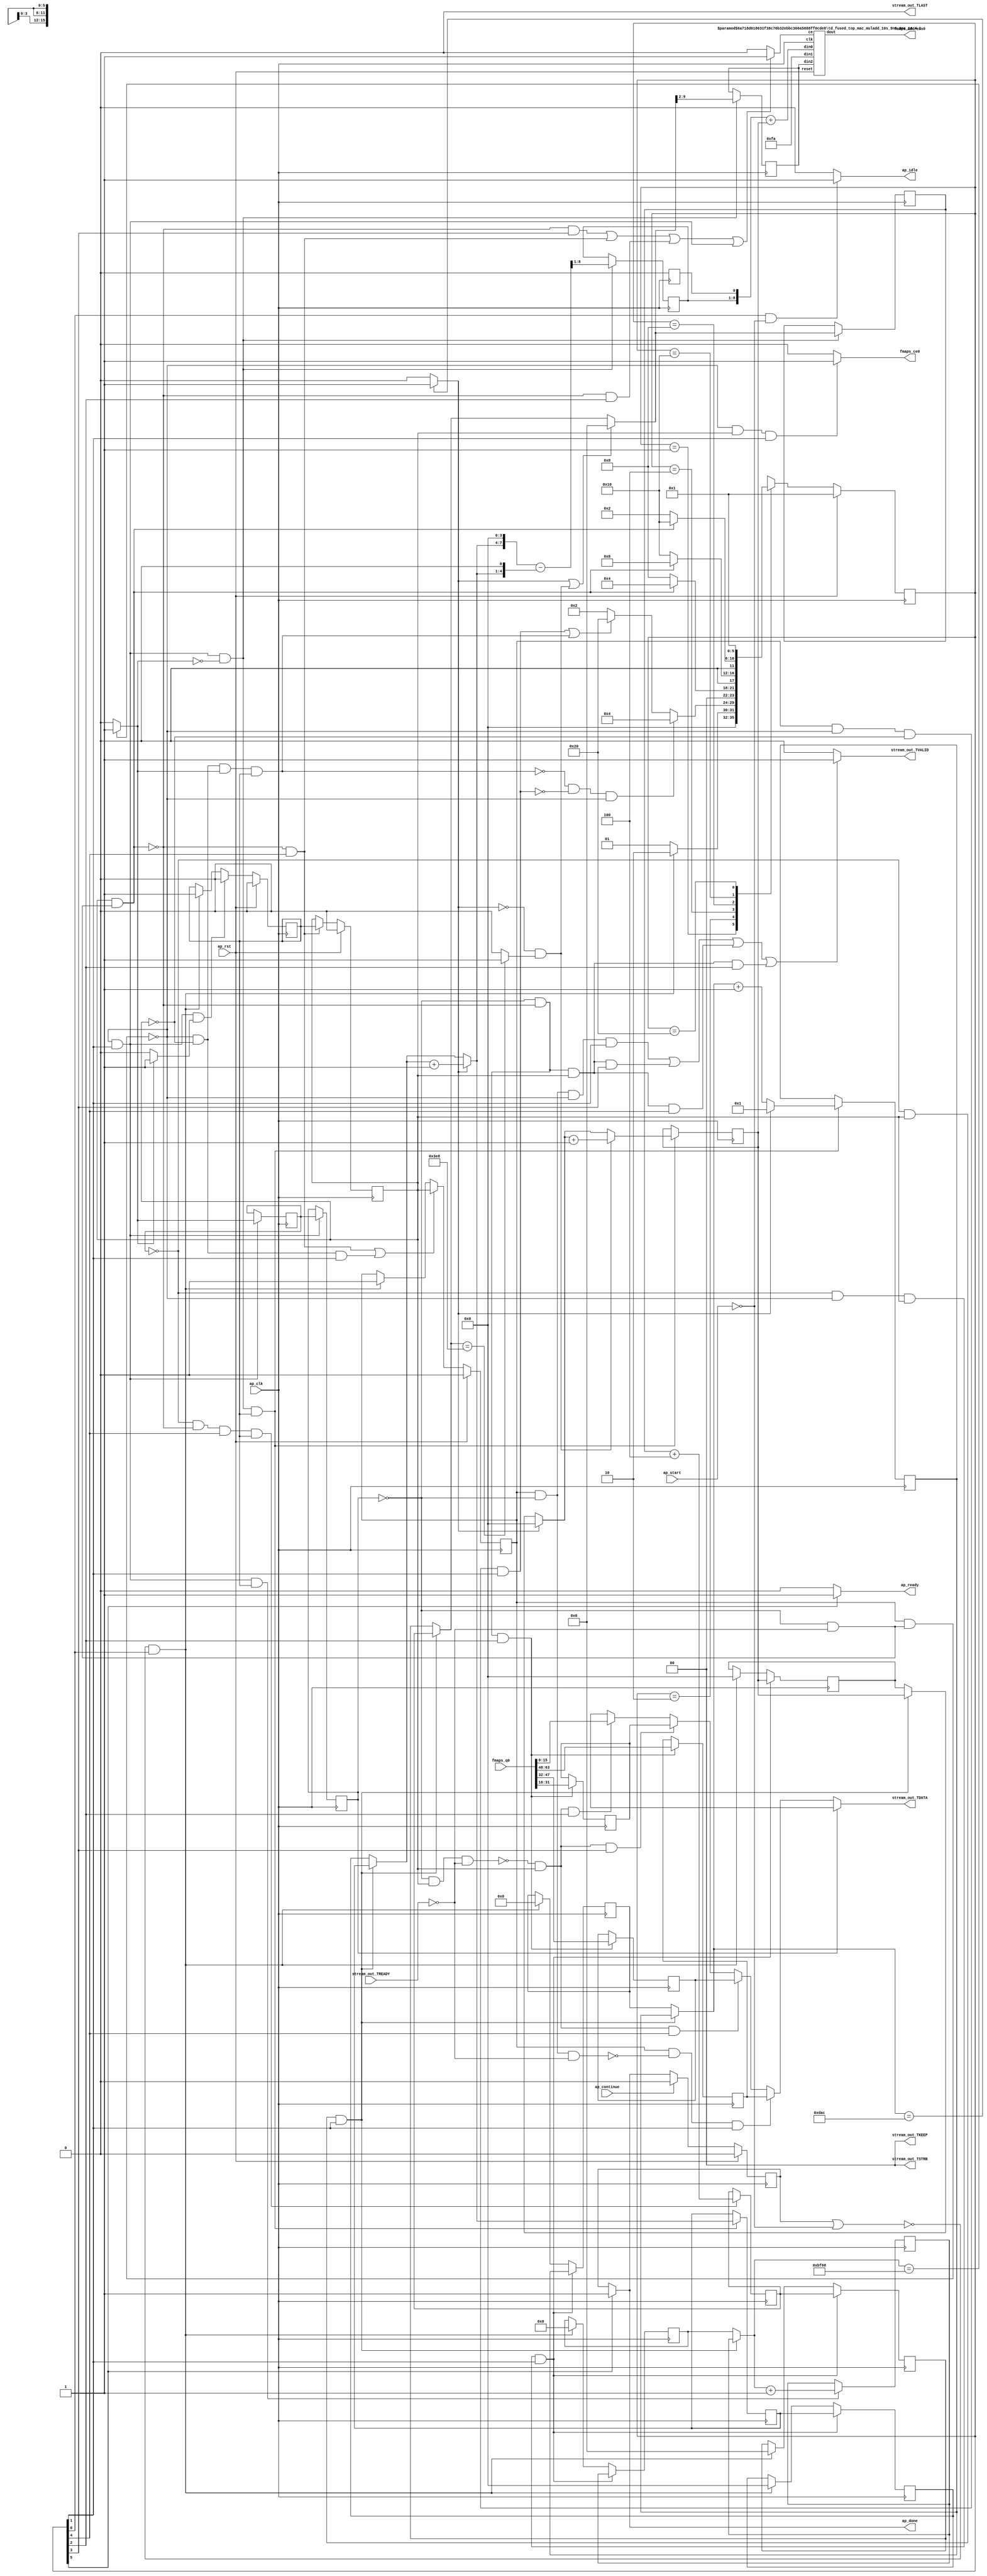
`define EXPONENT 5
`define MANTISSA 10
`define ACTUAL_MANTISSA 11
`define EXPONENT_LSB 10
`define EXPONENT_MSB 14
`define MANTISSA_LSB 0
`define MANTISSA_MSB 9
`define MANTISSA_MUL_SPLIT_LSB 3
`define MANTISSA_MUL_SPLIT_MSB 9
`define SIGN 1
`define SIGN_LOC 15
`define DWIDTH (`SIGN+`EXPONENT+`MANTISSA)
`define IEEE_COMPLIANCE 1

module td_fused_top_td_fused_axi_out (
        ap_clk,
        ap_rst,
        ap_start,
        ap_done,
        ap_continue,
        ap_idle,
        ap_ready,
        fmaps_address0,
        fmaps_ce0,
        fmaps_q0,
        stream_out_TDATA,
        stream_out_TVALID,
        stream_out_TREADY,
        stream_out_TKEEP,
        stream_out_TSTRB,
        stream_out_TLAST
);

parameter    ap_ST_fsm_state1 = 6'd1;
parameter    ap_ST_fsm_pp0_stage0 = 6'd2;
parameter    ap_ST_fsm_pp0_stage1 = 6'd4;
parameter    ap_ST_fsm_pp0_stage2 = 6'd8;
parameter    ap_ST_fsm_pp0_stage3 = 6'd16;
parameter    ap_ST_fsm_state11 = 6'd32;

input   ap_clk;
input   ap_rst;
input   ap_start;
output   ap_done;
input   ap_continue;
output   ap_idle;
output   ap_ready;
output  [15:0] fmaps_address0;
output   fmaps_ce0;
input  [63:0] fmaps_q0;
output  [15:0] stream_out_TDATA;
output   stream_out_TVALID;
input   stream_out_TREADY;
output  [1:0] stream_out_TKEEP;
output  [1:0] stream_out_TSTRB;
output  [0:0] stream_out_TLAST;

reg ap_done;
reg ap_idle;
reg ap_ready;
reg fmaps_ce0;
reg[15:0] stream_out_TDATA;
reg stream_out_TVALID;

reg    ap_done_reg;
  reg   [5:0] ap_CS_fsm;
wire    ap_CS_fsm_state1;
reg    stream_out_TDATA_blk_n;
wire    ap_CS_fsm_pp0_stage1;
reg    ap_enable_reg_pp0_iter1;
wire    ap_block_pp0_stage1;
reg   [0:0] icmp_ln17_reg_406;
reg   [0:0] icmp_ln17_reg_406_pp0_iter1_reg;
wire    ap_CS_fsm_pp0_stage2;
wire    ap_block_pp0_stage2;
wire    ap_CS_fsm_pp0_stage3;
wire    ap_block_pp0_stage3;
wire    ap_CS_fsm_pp0_stage0;
reg    ap_enable_reg_pp0_iter2;
wire    ap_block_pp0_stage0;
reg   [15:0] indvar_flatten13_reg_134;
reg   [3:0] r_reg_145;
reg   [11:0] indvar_flatten_reg_156;
reg   [3:0] c_reg_167;
reg   [9:0] phi_ln25_reg_178;
wire   [15:0] add_ln17_1_fu_189_p2;
reg   [15:0] add_ln17_1_reg_401;
reg    ap_enable_reg_pp0_iter0;
wire    ap_block_state2_pp0_stage0_iter0;
wire    ap_block_state6_pp0_stage0_iter1;
reg    ap_block_state10_pp0_stage0_iter2;
reg    ap_block_state10_io;
reg    ap_block_pp0_stage0_11001;
wire   [0:0] icmp_ln17_fu_195_p2;
wire   [3:0] select_ln17_1_fu_221_p3;
reg   [3:0] select_ln17_1_reg_410;
wire   [8:0] sub_ln25_fu_253_p2;
reg   [8:0] sub_ln25_reg_415;
wire   [9:0] select_ln18_fu_289_p3;
reg   [9:0] select_ln18_reg_420;
wire   [3:0] select_ln18_1_fu_297_p3;
reg   [3:0] select_ln18_1_reg_425;
reg   [7:0] lshr_ln_reg_431;
wire   [11:0] select_ln18_2_fu_321_p3;
reg   [11:0] select_ln18_2_reg_436;
wire    ap_block_state3_pp0_stage1_iter0;
reg    ap_block_state7_pp0_stage1_iter1;
reg    ap_block_state7_io;
reg    ap_block_pp0_stage1_11001;
wire    ap_block_state5_pp0_stage3_iter0;
reg    ap_block_state9_pp0_stage3_iter1;
reg    ap_block_state9_io;
reg    ap_block_pp0_stage3_11001;
wire   [9:0] add_ln19_fu_348_p2;
reg   [9:0] add_ln19_reg_451;
reg   [15:0] tmp_s_reg_461;
reg   [15:0] tmp_1_reg_466;
reg   [15:0] tmp_2_reg_471;
reg    ap_block_state1;
reg    ap_block_pp0_stage0_subdone;
reg    ap_condition_pp0_exit_iter0_state2;
reg    ap_block_pp0_stage3_subdone;
reg   [15:0] ap_phi_mux_indvar_flatten13_phi_fu_138_p4;
reg   [3:0] ap_phi_mux_r_phi_fu_149_p4;
reg   [11:0] ap_phi_mux_indvar_flatten_phi_fu_160_p4;
reg   [3:0] ap_phi_mux_c_phi_fu_171_p4;
reg   [9:0] ap_phi_mux_phi_ln25_phi_fu_182_p4;
wire   [63:0] zext_ln25_4_fu_353_p1;
wire   [15:0] trunc_ln25_fu_357_p1;
reg    ap_block_pp0_stage1_01001;
wire    ap_block_state4_pp0_stage2_iter0;
reg    ap_block_state8_pp0_stage2_iter1;
reg    ap_block_pp0_stage2_01001;
reg    ap_block_pp0_stage3_01001;
reg    ap_block_pp0_stage0_01001;
reg    ap_block_state8_io;
reg    ap_block_pp0_stage2_11001;
wire   [0:0] icmp_ln18_fu_207_p2;
wire   [3:0] add_ln17_fu_201_p2;
wire   [7:0] tmp_74_fu_229_p3;
wire   [4:0] tmp_75_fu_241_p3;
wire   [8:0] zext_ln25_fu_237_p1;
wire   [8:0] zext_ln25_1_fu_249_p1;
wire   [0:0] icmp_ln19_fu_265_p2;
wire   [0:0] xor_ln17_fu_259_p2;
wire   [3:0] select_ln17_fu_213_p3;
wire   [0:0] and_ln17_fu_271_p2;
wire   [0:0] or_ln18_fu_283_p2;
wire   [3:0] add_ln18_fu_277_p2;
wire   [11:0] add_ln18_1_fu_315_p2;
wire   [9:0] sext_ln18_fu_329_p1;
wire   [9:0] zext_ln25_2_fu_332_p1;
wire   [9:0] add_ln25_fu_335_p2;
wire   [15:0] grp_fu_392_p3;
wire   [8:0] grp_fu_392_p1;
wire   [7:0] grp_fu_392_p2;
reg    grp_fu_392_ce;
wire    ap_CS_fsm_state11;
reg   [5:0] ap_NS_fsm;
reg    ap_block_pp0_stage1_subdone;
reg    ap_block_pp0_stage2_subdone;
reg    ap_idle_pp0;
wire    ap_enable_pp0;
wire   [15:0] grp_fu_392_p20;
reg    ap_condition_229;
reg    ap_condition_236;
reg    ap_condition_241;
reg    ap_condition_247;
wire    ap_ce_reg;

// power-on initialization
initial begin
#0 ap_done_reg = 1'b0;
#0 ap_CS_fsm = 6'd1;
#0 ap_enable_reg_pp0_iter1 = 1'b0;
#0 ap_enable_reg_pp0_iter2 = 1'b0;
#0 ap_enable_reg_pp0_iter0 = 1'b0;
end

td_fused_top_mac_muladd_10s_9ns_8ns_16_4_1 #(
    .ID( 1 ),
    .NUM_STAGE( 4 ),
    .din0_WIDTH( 10 ),
    .din1_WIDTH( 9 ),
    .din2_WIDTH( 8 ),
    .dout_WIDTH( 16 ))
mac_muladd_10s_9ns_8ns_16_4_1_U1959(
    .clk(ap_clk),
    .reset(ap_rst),
    .ce(grp_fu_392_ce),
    .din0(add_ln25_fu_335_p2),
    .din1(grp_fu_392_p1),
    .din2(grp_fu_392_p2),
    .dout(grp_fu_392_p3)
);

always @ (posedge ap_clk) begin
    if (ap_rst == 1'b1) begin
        ap_CS_fsm <= ap_ST_fsm_state1;
    end else begin
        ap_CS_fsm <= ap_NS_fsm;
    end
end

always @ (posedge ap_clk) begin
    if (ap_rst == 1'b1) begin
        ap_done_reg <= 1'b0;
    end else begin
        if ((ap_continue == 1'b1)) begin
            ap_done_reg <= 1'b0;
        end else if ((1'b1 == ap_CS_fsm_state11)) begin
            ap_done_reg <= 1'b1;
        end
    end
end

always @ (posedge ap_clk) begin
    if (ap_rst == 1'b1) begin
        ap_enable_reg_pp0_iter0 <= 1'b0;
    end else begin
        if (((1'b0 == ap_block_pp0_stage0_subdone) & (1'b1 == ap_CS_fsm_pp0_stage0) & (1'b1 == ap_condition_pp0_exit_iter0_state2))) begin
            ap_enable_reg_pp0_iter0 <= 1'b0;
        end else if ((~((ap_done_reg == 1'b1) | (ap_start == 1'b0)) & (1'b1 == ap_CS_fsm_state1))) begin
            ap_enable_reg_pp0_iter0 <= 1'b1;
        end
    end
end

always @ (posedge ap_clk) begin
    if (ap_rst == 1'b1) begin
        ap_enable_reg_pp0_iter1 <= 1'b0;
    end else begin
        if (((1'b0 == ap_block_pp0_stage3_subdone) & (1'b1 == ap_CS_fsm_pp0_stage3))) begin
            ap_enable_reg_pp0_iter1 <= ap_enable_reg_pp0_iter0;
        end
    end
end

always @ (posedge ap_clk) begin
    if (ap_rst == 1'b1) begin
        ap_enable_reg_pp0_iter2 <= 1'b0;
    end else begin
        if ((((1'b0 == ap_block_pp0_stage3_subdone) & (1'b1 == ap_CS_fsm_pp0_stage3)) | ((1'b0 == ap_block_pp0_stage0_subdone) & (ap_enable_reg_pp0_iter1 == 1'b0) & (1'b1 == ap_CS_fsm_pp0_stage0)))) begin
            ap_enable_reg_pp0_iter2 <= ap_enable_reg_pp0_iter1;
        end else if ((~((ap_done_reg == 1'b1) | (ap_start == 1'b0)) & (1'b1 == ap_CS_fsm_state1))) begin
            ap_enable_reg_pp0_iter2 <= 1'b0;
        end
    end
end

always @ (posedge ap_clk) begin
    if (((icmp_ln17_reg_406 == 1'd0) & (1'b0 == ap_block_pp0_stage0_11001) & (ap_enable_reg_pp0_iter1 == 1'b1) & (1'b1 == ap_CS_fsm_pp0_stage0))) begin
        c_reg_167 <= select_ln18_1_reg_425;
    end else if ((~((ap_done_reg == 1'b1) | (ap_start == 1'b0)) & (1'b1 == ap_CS_fsm_state1))) begin
        c_reg_167 <= 4'd0;
    end
end

always @ (posedge ap_clk) begin
    if (((icmp_ln17_reg_406 == 1'd0) & (1'b0 == ap_block_pp0_stage0_11001) & (ap_enable_reg_pp0_iter1 == 1'b1) & (1'b1 == ap_CS_fsm_pp0_stage0))) begin
        indvar_flatten13_reg_134 <= add_ln17_1_reg_401;
    end else if ((~((ap_done_reg == 1'b1) | (ap_start == 1'b0)) & (1'b1 == ap_CS_fsm_state1))) begin
        indvar_flatten13_reg_134 <= 16'd0;
    end
end

always @ (posedge ap_clk) begin
    if (((icmp_ln17_reg_406 == 1'd0) & (1'b0 == ap_block_pp0_stage0_11001) & (ap_enable_reg_pp0_iter1 == 1'b1) & (1'b1 == ap_CS_fsm_pp0_stage0))) begin
        indvar_flatten_reg_156 <= select_ln18_2_reg_436;
    end else if ((~((ap_done_reg == 1'b1) | (ap_start == 1'b0)) & (1'b1 == ap_CS_fsm_state1))) begin
        indvar_flatten_reg_156 <= 12'd0;
    end
end

always @ (posedge ap_clk) begin
    if (((icmp_ln17_reg_406 == 1'd0) & (1'b0 == ap_block_pp0_stage0_11001) & (ap_enable_reg_pp0_iter1 == 1'b1) & (1'b1 == ap_CS_fsm_pp0_stage0))) begin
        phi_ln25_reg_178 <= add_ln19_reg_451;
    end else if ((~((ap_done_reg == 1'b1) | (ap_start == 1'b0)) & (1'b1 == ap_CS_fsm_state1))) begin
        phi_ln25_reg_178 <= 10'd0;
    end
end

always @ (posedge ap_clk) begin
    if (((icmp_ln17_reg_406 == 1'd0) & (1'b0 == ap_block_pp0_stage0_11001) & (ap_enable_reg_pp0_iter1 == 1'b1) & (1'b1 == ap_CS_fsm_pp0_stage0))) begin
        r_reg_145 <= select_ln17_1_reg_410;
    end else if ((~((ap_done_reg == 1'b1) | (ap_start == 1'b0)) & (1'b1 == ap_CS_fsm_state1))) begin
        r_reg_145 <= 4'd0;
    end
end

always @ (posedge ap_clk) begin
    if (((1'b0 == ap_block_pp0_stage0_11001) & (1'b1 == ap_CS_fsm_pp0_stage0) & (ap_enable_reg_pp0_iter0 == 1'b1))) begin
        add_ln17_1_reg_401 <= add_ln17_1_fu_189_p2;
    end
end

always @ (posedge ap_clk) begin
    if (((icmp_ln17_reg_406 == 1'd0) & (1'b0 == ap_block_pp0_stage3_11001) & (1'b1 == ap_CS_fsm_pp0_stage3) & (ap_enable_reg_pp0_iter0 == 1'b1))) begin
        add_ln19_reg_451 <= add_ln19_fu_348_p2;
    end
end

always @ (posedge ap_clk) begin
    if (((1'b0 == ap_block_pp0_stage0_11001) & (1'b1 == ap_CS_fsm_pp0_stage0))) begin
        icmp_ln17_reg_406 <= icmp_ln17_fu_195_p2;
        icmp_ln17_reg_406_pp0_iter1_reg <= icmp_ln17_reg_406;
    end
end

always @ (posedge ap_clk) begin
    if (((1'b0 == ap_block_pp0_stage0_11001) & (1'b1 == ap_CS_fsm_pp0_stage0) & (icmp_ln17_fu_195_p2 == 1'd0))) begin
        lshr_ln_reg_431 <= {{select_ln18_fu_289_p3[9:2]}};
        select_ln18_reg_420 <= select_ln18_fu_289_p3;
        sub_ln25_reg_415[8 : 1] <= sub_ln25_fu_253_p2[8 : 1];
    end
end

always @ (posedge ap_clk) begin
    if (((1'b0 == ap_block_pp0_stage0_11001) & (1'b1 == ap_CS_fsm_pp0_stage0) & (icmp_ln17_fu_195_p2 == 1'd0) & (ap_enable_reg_pp0_iter0 == 1'b1))) begin
        select_ln17_1_reg_410 <= select_ln17_1_fu_221_p3;
        select_ln18_1_reg_425 <= select_ln18_1_fu_297_p3;
        select_ln18_2_reg_436 <= select_ln18_2_fu_321_p3;
    end
end

always @ (posedge ap_clk) begin
    if (((icmp_ln17_reg_406_pp0_iter1_reg == 1'd0) & (1'b0 == ap_block_pp0_stage1_11001) & (1'b1 == ap_CS_fsm_pp0_stage1))) begin
        tmp_1_reg_466 <= {{fmaps_q0[47:32]}};
        tmp_2_reg_471 <= {{fmaps_q0[63:48]}};
        tmp_s_reg_461 <= {{fmaps_q0[31:16]}};
    end
end

always @ (*) begin
    if ((icmp_ln17_fu_195_p2 == 1'd1)) begin
        ap_condition_pp0_exit_iter0_state2 = 1'b1;
    end else begin
        ap_condition_pp0_exit_iter0_state2 = 1'b0;
    end
end

always @ (*) begin
    if ((1'b1 == ap_CS_fsm_state11)) begin
        ap_done = 1'b1;
    end else begin
        ap_done = ap_done_reg;
    end
end

always @ (*) begin
    if (((1'b1 == ap_CS_fsm_state1) & (ap_start == 1'b0))) begin
        ap_idle = 1'b1;
    end else begin
        ap_idle = 1'b0;
    end
end

always @ (*) begin
    if (((ap_enable_reg_pp0_iter2 == 1'b0) & (ap_enable_reg_pp0_iter1 == 1'b0) & (ap_enable_reg_pp0_iter0 == 1'b0))) begin
        ap_idle_pp0 = 1'b1;
    end else begin
        ap_idle_pp0 = 1'b0;
    end
end

always @ (*) begin
    if (((icmp_ln17_reg_406 == 1'd0) & (1'b0 == ap_block_pp0_stage0) & (ap_enable_reg_pp0_iter1 == 1'b1) & (1'b1 == ap_CS_fsm_pp0_stage0))) begin
        ap_phi_mux_c_phi_fu_171_p4 = select_ln18_1_reg_425;
    end else begin
        ap_phi_mux_c_phi_fu_171_p4 = c_reg_167;
    end
end

always @ (*) begin
    if (((icmp_ln17_reg_406 == 1'd0) & (1'b0 == ap_block_pp0_stage0) & (ap_enable_reg_pp0_iter1 == 1'b1) & (1'b1 == ap_CS_fsm_pp0_stage0))) begin
        ap_phi_mux_indvar_flatten13_phi_fu_138_p4 = add_ln17_1_reg_401;
    end else begin
        ap_phi_mux_indvar_flatten13_phi_fu_138_p4 = indvar_flatten13_reg_134;
    end
end

always @ (*) begin
    if (((icmp_ln17_reg_406 == 1'd0) & (1'b0 == ap_block_pp0_stage0) & (ap_enable_reg_pp0_iter1 == 1'b1) & (1'b1 == ap_CS_fsm_pp0_stage0))) begin
        ap_phi_mux_indvar_flatten_phi_fu_160_p4 = select_ln18_2_reg_436;
    end else begin
        ap_phi_mux_indvar_flatten_phi_fu_160_p4 = indvar_flatten_reg_156;
    end
end

always @ (*) begin
    if (((icmp_ln17_reg_406 == 1'd0) & (1'b0 == ap_block_pp0_stage0) & (ap_enable_reg_pp0_iter1 == 1'b1) & (1'b1 == ap_CS_fsm_pp0_stage0))) begin
        ap_phi_mux_phi_ln25_phi_fu_182_p4 = add_ln19_reg_451;
    end else begin
        ap_phi_mux_phi_ln25_phi_fu_182_p4 = phi_ln25_reg_178;
    end
end

always @ (*) begin
    if (((icmp_ln17_reg_406 == 1'd0) & (1'b0 == ap_block_pp0_stage0) & (ap_enable_reg_pp0_iter1 == 1'b1) & (1'b1 == ap_CS_fsm_pp0_stage0))) begin
        ap_phi_mux_r_phi_fu_149_p4 = select_ln17_1_reg_410;
    end else begin
        ap_phi_mux_r_phi_fu_149_p4 = r_reg_145;
    end
end

always @ (*) begin
    if ((1'b1 == ap_CS_fsm_state11)) begin
        ap_ready = 1'b1;
    end else begin
        ap_ready = 1'b0;
    end
end

always @ (*) begin
    if (((1'b0 == ap_block_pp0_stage0_11001) & (ap_enable_reg_pp0_iter1 == 1'b1) & (1'b1 == ap_CS_fsm_pp0_stage0))) begin
        fmaps_ce0 = 1'b1;
    end else begin
        fmaps_ce0 = 1'b0;
    end
end

always @ (*) begin
    if ((((1'b0 == ap_block_pp0_stage2_11001) & (1'b1 == ap_CS_fsm_pp0_stage2)) | ((1'b0 == ap_block_pp0_stage3_11001) & (1'b1 == ap_CS_fsm_pp0_stage3)) | ((1'b0 == ap_block_pp0_stage1_11001) & (1'b1 == ap_CS_fsm_pp0_stage1)) | ((1'b0 == ap_block_pp0_stage0_11001) & (1'b1 == ap_CS_fsm_pp0_stage0)))) begin
        grp_fu_392_ce = 1'b1;
    end else begin
        grp_fu_392_ce = 1'b0;
    end
end

always @ (*) begin
    if ((icmp_ln17_reg_406_pp0_iter1_reg == 1'd0)) begin
        if ((1'b1 == ap_condition_247)) begin
            stream_out_TDATA = tmp_2_reg_471;
        end else if ((1'b1 == ap_condition_241)) begin
            stream_out_TDATA = tmp_1_reg_466;
        end else if ((1'b1 == ap_condition_236)) begin
            stream_out_TDATA = tmp_s_reg_461;
        end else if ((1'b1 == ap_condition_229)) begin
            stream_out_TDATA = trunc_ln25_fu_357_p1;
        end else begin
            stream_out_TDATA = 'bx;
        end
    end else begin
        stream_out_TDATA = 'bx;
    end
end

always @ (*) begin
    if ((((ap_enable_reg_pp0_iter2 == 1'b1) & (icmp_ln17_reg_406_pp0_iter1_reg == 1'd0) & (1'b0 == ap_block_pp0_stage0) & (1'b1 == ap_CS_fsm_pp0_stage0)) | ((icmp_ln17_reg_406_pp0_iter1_reg == 1'd0) & (1'b0 == ap_block_pp0_stage3) & (ap_enable_reg_pp0_iter1 == 1'b1) & (1'b1 == ap_CS_fsm_pp0_stage3)) | ((icmp_ln17_reg_406_pp0_iter1_reg == 1'd0) & (1'b0 == ap_block_pp0_stage2) & (ap_enable_reg_pp0_iter1 == 1'b1) & (1'b1 == ap_CS_fsm_pp0_stage2)) | ((icmp_ln17_reg_406_pp0_iter1_reg == 1'd0) & (1'b0 == ap_block_pp0_stage1) & (ap_enable_reg_pp0_iter1 == 1'b1) & (1'b1 == ap_CS_fsm_pp0_stage1)))) begin
        stream_out_TDATA_blk_n = stream_out_TREADY;
    end else begin
        stream_out_TDATA_blk_n = 1'b1;
    end
end

always @ (*) begin
    if ((((ap_enable_reg_pp0_iter2 == 1'b1) & (icmp_ln17_reg_406_pp0_iter1_reg == 1'd0) & (1'b0 == ap_block_pp0_stage0_11001) & (1'b1 == ap_CS_fsm_pp0_stage0)) | ((icmp_ln17_reg_406_pp0_iter1_reg == 1'd0) & (1'b0 == ap_block_pp0_stage2_11001) & (ap_enable_reg_pp0_iter1 == 1'b1) & (1'b1 == ap_CS_fsm_pp0_stage2)) | ((icmp_ln17_reg_406_pp0_iter1_reg == 1'd0) & (1'b0 == ap_block_pp0_stage3_11001) & (ap_enable_reg_pp0_iter1 == 1'b1) & (1'b1 == ap_CS_fsm_pp0_stage3)) | ((icmp_ln17_reg_406_pp0_iter1_reg == 1'd0) & (1'b0 == ap_block_pp0_stage1_11001) & (ap_enable_reg_pp0_iter1 == 1'b1) & (1'b1 == ap_CS_fsm_pp0_stage1)))) begin
        stream_out_TVALID = 1'b1;
    end else begin
        stream_out_TVALID = 1'b0;
    end
end

always @ (*) begin
    case (ap_CS_fsm)
        ap_ST_fsm_state1 : begin
            if ((~((ap_done_reg == 1'b1) | (ap_start == 1'b0)) & (1'b1 == ap_CS_fsm_state1))) begin
                ap_NS_fsm = ap_ST_fsm_pp0_stage0;
            end else begin
                ap_NS_fsm = ap_ST_fsm_state1;
            end
        end
        ap_ST_fsm_pp0_stage0 : begin
            if ((~((1'b0 == ap_block_pp0_stage0_subdone) & (ap_enable_reg_pp0_iter1 == 1'b0) & (icmp_ln17_fu_195_p2 == 1'd1) & (ap_enable_reg_pp0_iter0 == 1'b1)) & ~((ap_enable_reg_pp0_iter2 == 1'b1) & (1'b0 == ap_block_pp0_stage0_subdone) & (ap_enable_reg_pp0_iter1 == 1'b0) & (1'b1 == ap_CS_fsm_pp0_stage0)) & (1'b0 == ap_block_pp0_stage0_subdone))) begin
                ap_NS_fsm = ap_ST_fsm_pp0_stage1;
            end else if ((((ap_enable_reg_pp0_iter2 == 1'b1) & (1'b0 == ap_block_pp0_stage0_subdone) & (ap_enable_reg_pp0_iter1 == 1'b0) & (1'b1 == ap_CS_fsm_pp0_stage0)) | ((1'b0 == ap_block_pp0_stage0_subdone) & (ap_enable_reg_pp0_iter1 == 1'b0) & (icmp_ln17_fu_195_p2 == 1'd1) & (ap_enable_reg_pp0_iter0 == 1'b1)))) begin
                ap_NS_fsm = ap_ST_fsm_state11;
            end else begin
                ap_NS_fsm = ap_ST_fsm_pp0_stage0;
            end
        end
        ap_ST_fsm_pp0_stage1 : begin
            if ((1'b0 == ap_block_pp0_stage1_subdone)) begin
                ap_NS_fsm = ap_ST_fsm_pp0_stage2;
            end else begin
                ap_NS_fsm = ap_ST_fsm_pp0_stage1;
            end
        end
        ap_ST_fsm_pp0_stage2 : begin
            if ((1'b0 == ap_block_pp0_stage2_subdone)) begin
                ap_NS_fsm = ap_ST_fsm_pp0_stage3;
            end else begin
                ap_NS_fsm = ap_ST_fsm_pp0_stage2;
            end
        end
        ap_ST_fsm_pp0_stage3 : begin
            if ((1'b0 == ap_block_pp0_stage3_subdone)) begin
                ap_NS_fsm = ap_ST_fsm_pp0_stage0;
            end else begin
                ap_NS_fsm = ap_ST_fsm_pp0_stage3;
            end
        end
        ap_ST_fsm_state11 : begin
            ap_NS_fsm = ap_ST_fsm_state1;
        end
        default : begin
            ap_NS_fsm = 'bx;
        end
    endcase
end

assign add_ln17_1_fu_189_p2 = (ap_phi_mux_indvar_flatten13_phi_fu_138_p4 + 16'd1);

assign add_ln17_fu_201_p2 = (ap_phi_mux_r_phi_fu_149_p4 + 4'd1);

assign add_ln18_1_fu_315_p2 = (ap_phi_mux_indvar_flatten_phi_fu_160_p4 + 12'd1);

assign add_ln18_fu_277_p2 = (select_ln17_fu_213_p3 + 4'd1);

assign add_ln19_fu_348_p2 = (select_ln18_reg_420 + 10'd4);

assign add_ln25_fu_335_p2 = ((sext_ln18_fu_329_p1) + (zext_ln25_2_fu_332_p1));

assign and_ln17_fu_271_p2 = (xor_ln17_fu_259_p2 & icmp_ln19_fu_265_p2);

assign ap_CS_fsm_pp0_stage0 = ap_CS_fsm[32'd1];

assign ap_CS_fsm_pp0_stage1 = ap_CS_fsm[32'd2];

assign ap_CS_fsm_pp0_stage2 = ap_CS_fsm[32'd3];

assign ap_CS_fsm_pp0_stage3 = ap_CS_fsm[32'd4];

assign ap_CS_fsm_state1 = ap_CS_fsm[32'd0];

assign ap_CS_fsm_state11 = ap_CS_fsm[32'd5];

assign ap_block_pp0_stage0 = ~(1'b1 == 1'b1);

always @ (*) begin
    ap_block_pp0_stage0_01001 = ((ap_enable_reg_pp0_iter2 == 1'b1) & (icmp_ln17_reg_406_pp0_iter1_reg == 1'd0) & (stream_out_TREADY == 1'b0));
end

always @ (*) begin
    ap_block_pp0_stage0_11001 = ((ap_enable_reg_pp0_iter2 == 1'b1) & ((1'b1 == ap_block_state10_io) | ((icmp_ln17_reg_406_pp0_iter1_reg == 1'd0) & (stream_out_TREADY == 1'b0))));
end

always @ (*) begin
    ap_block_pp0_stage0_subdone = ((ap_enable_reg_pp0_iter2 == 1'b1) & ((1'b1 == ap_block_state10_io) | ((icmp_ln17_reg_406_pp0_iter1_reg == 1'd0) & (stream_out_TREADY == 1'b0))));
end

assign ap_block_pp0_stage1 = ~(1'b1 == 1'b1);

always @ (*) begin
    ap_block_pp0_stage1_01001 = ((icmp_ln17_reg_406_pp0_iter1_reg == 1'd0) & (ap_enable_reg_pp0_iter1 == 1'b1) & (stream_out_TREADY == 1'b0));
end

always @ (*) begin
    ap_block_pp0_stage1_11001 = ((ap_enable_reg_pp0_iter1 == 1'b1) & ((1'b1 == ap_block_state7_io) | ((icmp_ln17_reg_406_pp0_iter1_reg == 1'd0) & (stream_out_TREADY == 1'b0))));
end

always @ (*) begin
    ap_block_pp0_stage1_subdone = ((ap_enable_reg_pp0_iter1 == 1'b1) & ((1'b1 == ap_block_state7_io) | ((icmp_ln17_reg_406_pp0_iter1_reg == 1'd0) & (stream_out_TREADY == 1'b0))));
end

assign ap_block_pp0_stage2 = ~(1'b1 == 1'b1);

always @ (*) begin
    ap_block_pp0_stage2_01001 = ((icmp_ln17_reg_406_pp0_iter1_reg == 1'd0) & (ap_enable_reg_pp0_iter1 == 1'b1) & (stream_out_TREADY == 1'b0));
end

always @ (*) begin
    ap_block_pp0_stage2_11001 = ((ap_enable_reg_pp0_iter1 == 1'b1) & ((1'b1 == ap_block_state8_io) | ((icmp_ln17_reg_406_pp0_iter1_reg == 1'd0) & (stream_out_TREADY == 1'b0))));
end

always @ (*) begin
    ap_block_pp0_stage2_subdone = ((ap_enable_reg_pp0_iter1 == 1'b1) & ((1'b1 == ap_block_state8_io) | ((icmp_ln17_reg_406_pp0_iter1_reg == 1'd0) & (stream_out_TREADY == 1'b0))));
end

assign ap_block_pp0_stage3 = ~(1'b1 == 1'b1);

always @ (*) begin
    ap_block_pp0_stage3_01001 = ((icmp_ln17_reg_406_pp0_iter1_reg == 1'd0) & (ap_enable_reg_pp0_iter1 == 1'b1) & (stream_out_TREADY == 1'b0));
end

always @ (*) begin
    ap_block_pp0_stage3_11001 = ((ap_enable_reg_pp0_iter1 == 1'b1) & ((1'b1 == ap_block_state9_io) | ((icmp_ln17_reg_406_pp0_iter1_reg == 1'd0) & (stream_out_TREADY == 1'b0))));
end

always @ (*) begin
    ap_block_pp0_stage3_subdone = ((ap_enable_reg_pp0_iter1 == 1'b1) & ((1'b1 == ap_block_state9_io) | ((icmp_ln17_reg_406_pp0_iter1_reg == 1'd0) & (stream_out_TREADY == 1'b0))));
end

always @ (*) begin
    ap_block_state1 = ((ap_done_reg == 1'b1) | (ap_start == 1'b0));
end

always @ (*) begin
    ap_block_state10_io = ((icmp_ln17_reg_406_pp0_iter1_reg == 1'd0) & (stream_out_TREADY == 1'b0));
end

always @ (*) begin
    ap_block_state10_pp0_stage0_iter2 = ((icmp_ln17_reg_406_pp0_iter1_reg == 1'd0) & (stream_out_TREADY == 1'b0));
end

assign ap_block_state2_pp0_stage0_iter0 = ~(1'b1 == 1'b1);

assign ap_block_state3_pp0_stage1_iter0 = ~(1'b1 == 1'b1);

assign ap_block_state4_pp0_stage2_iter0 = ~(1'b1 == 1'b1);

assign ap_block_state5_pp0_stage3_iter0 = ~(1'b1 == 1'b1);

assign ap_block_state6_pp0_stage0_iter1 = ~(1'b1 == 1'b1);

always @ (*) begin
    ap_block_state7_io = ((icmp_ln17_reg_406_pp0_iter1_reg == 1'd0) & (stream_out_TREADY == 1'b0));
end

always @ (*) begin
    ap_block_state7_pp0_stage1_iter1 = ((icmp_ln17_reg_406_pp0_iter1_reg == 1'd0) & (stream_out_TREADY == 1'b0));
end

always @ (*) begin
    ap_block_state8_io = ((icmp_ln17_reg_406_pp0_iter1_reg == 1'd0) & (stream_out_TREADY == 1'b0));
end

always @ (*) begin
    ap_block_state8_pp0_stage2_iter1 = ((icmp_ln17_reg_406_pp0_iter1_reg == 1'd0) & (stream_out_TREADY == 1'b0));
end

always @ (*) begin
    ap_block_state9_io = ((icmp_ln17_reg_406_pp0_iter1_reg == 1'd0) & (stream_out_TREADY == 1'b0));
end

always @ (*) begin
    ap_block_state9_pp0_stage3_iter1 = ((icmp_ln17_reg_406_pp0_iter1_reg == 1'd0) & (stream_out_TREADY == 1'b0));
end

always @ (*) begin
    ap_condition_229 = ((1'b0 == ap_block_pp0_stage1_01001) & (ap_enable_reg_pp0_iter1 == 1'b1) & (1'b1 == ap_CS_fsm_pp0_stage1));
end

always @ (*) begin
    ap_condition_236 = ((1'b0 == ap_block_pp0_stage2_01001) & (ap_enable_reg_pp0_iter1 == 1'b1) & (1'b1 == ap_CS_fsm_pp0_stage2));
end

always @ (*) begin
    ap_condition_241 = ((1'b0 == ap_block_pp0_stage3_01001) & (ap_enable_reg_pp0_iter1 == 1'b1) & (1'b1 == ap_CS_fsm_pp0_stage3));
end

always @ (*) begin
    ap_condition_247 = ((ap_enable_reg_pp0_iter2 == 1'b1) & (1'b0 == ap_block_pp0_stage0_01001) & (1'b1 == ap_CS_fsm_pp0_stage0));
end

assign ap_enable_pp0 = (ap_idle_pp0 ^ 1'b1);

assign fmaps_address0 = zext_ln25_4_fu_353_p1;

assign grp_fu_392_p1 = 16'd250;

assign grp_fu_392_p2 = grp_fu_392_p20;

assign grp_fu_392_p20 = lshr_ln_reg_431;

assign icmp_ln17_fu_195_p2 = ((ap_phi_mux_indvar_flatten13_phi_fu_138_p4 == 16'd49000) ? 1'b1 : 1'b0);

assign icmp_ln18_fu_207_p2 = ((ap_phi_mux_indvar_flatten_phi_fu_160_p4 == 12'd3500) ? 1'b1 : 1'b0);

assign icmp_ln19_fu_265_p2 = ((ap_phi_mux_phi_ln25_phi_fu_182_p4 == 10'd1000) ? 1'b1 : 1'b0);

assign or_ln18_fu_283_p2 = (icmp_ln18_fu_207_p2 | and_ln17_fu_271_p2);

assign select_ln17_1_fu_221_p3 = ((icmp_ln18_fu_207_p2[0:0] == 1'b1) ? add_ln17_fu_201_p2 : ap_phi_mux_r_phi_fu_149_p4);

assign select_ln17_fu_213_p3 = ((icmp_ln18_fu_207_p2[0:0] == 1'b1) ? 4'd0 : ap_phi_mux_c_phi_fu_171_p4);

assign select_ln18_1_fu_297_p3 = ((and_ln17_fu_271_p2[0:0] == 1'b1) ? add_ln18_fu_277_p2 : select_ln17_fu_213_p3);

assign select_ln18_2_fu_321_p3 = ((icmp_ln18_fu_207_p2[0:0] == 1'b1) ? 12'd1 : add_ln18_1_fu_315_p2);

assign select_ln18_fu_289_p3 = ((or_ln18_fu_283_p2[0:0] == 1'b1) ? 10'd0 : ap_phi_mux_phi_ln25_phi_fu_182_p4);

assign sext_ln18_fu_329_p1 = (sub_ln25_reg_415);

assign stream_out_TKEEP = 2'd0;

assign stream_out_TLAST = 1'd0;

assign stream_out_TSTRB = 2'd0;

assign sub_ln25_fu_253_p2 = (zext_ln25_fu_237_p1 - zext_ln25_1_fu_249_p1);

assign tmp_74_fu_229_p3 = {{select_ln17_1_fu_221_p3}, {4'd0}};

assign tmp_75_fu_241_p3 = {{select_ln17_1_fu_221_p3}, {1'd0}};

assign trunc_ln25_fu_357_p1 = fmaps_q0[15:0];

assign xor_ln17_fu_259_p2 = (icmp_ln18_fu_207_p2 ^ 1'd1);

assign zext_ln25_1_fu_249_p1 = tmp_75_fu_241_p3;

assign zext_ln25_2_fu_332_p1 = select_ln18_1_reg_425;

assign zext_ln25_4_fu_353_p1 = (grp_fu_392_p3);

assign zext_ln25_fu_237_p1 = tmp_74_fu_229_p3;

always @ (posedge ap_clk) begin
    sub_ln25_reg_415[0] <= 1'b0;
end

endmodule //td_fused_top_td_fused_axi_out
module td_fused_top_mac_muladd_10s_9ns_8ns_16_4_1(
    clk,
    reset,
    ce,
    din0,
    din1,
    din2,
    dout);

parameter ID = 32'd1;
parameter NUM_STAGE = 32'd1;
parameter din0_WIDTH = 32'd1;
parameter din1_WIDTH = 32'd1;
parameter din2_WIDTH = 32'd1;
parameter dout_WIDTH = 32'd1;
input clk;
input reset;
input ce;
input[din0_WIDTH - 1:0] din0;
input[din1_WIDTH - 1:0] din1;
input[din2_WIDTH - 1:0] din2;
output[dout_WIDTH - 1:0] dout;



td_fused_top_mac_muladd_10s_9ns_8ns_16_4_1_DSP48_0 td_fused_top_mac_muladd_10s_9ns_8ns_16_4_1_DSP48_0_U(
    .clk( clk ),
    .rst( reset ),
    .ce( ce ),
    .in0( din0 ),
    .in1( din1 ),
    .in2( din2 ),
    .dout( dout )
);

endmodule
  module td_fused_top_mac_muladd_10s_9ns_8ns_16_4_1_DSP48_0(
    input clk,
    input rst,
    input ce,
    input  [10 - 1:0] in0,
    input  [9 - 1:0] in1,
    input  [8 - 1:0] in2,
    output [16 - 1:0]  dout);

wire  [27 - 1:0]     a;
wire  [18 - 1:0]     b;
wire  [48 - 1:0]     c;
wire  [45 - 1:0]     m;
wire  [48 - 1:0]     p;
reg   [45 - 1:0]     m_reg;
reg   [27 - 1:0]     a_reg;
reg   [18 - 1:0]     b_reg;
reg   [48 - 1:0]     p_reg;

assign a  = (in0);
assign b  = (in1);
assign c  = (in2);

assign m  = a_reg * b_reg;
assign p  = m_reg + c;

always @(posedge clk) begin
    if (ce) begin
        m_reg  <= m;
        a_reg  <= a;
        b_reg  <= b;
        p_reg  <= p;
    end
end

assign dout = p_reg;

endmodule